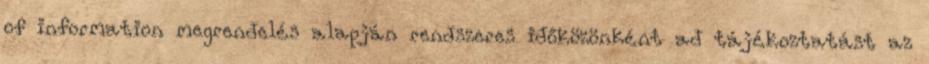
of information megrendelés alapján rendszeres időközönként ad tájékoztatást az